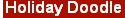
Hoilday Doodle